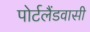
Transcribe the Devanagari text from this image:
पोर्टलैंडवासी